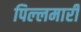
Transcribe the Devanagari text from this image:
पिल्‍लमार्री